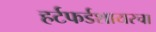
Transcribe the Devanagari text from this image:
हर्टफर्डशायरचा